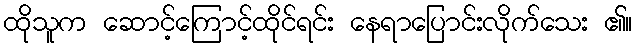
ထိုသူက ဆောင့်ကြောင့်ထိုင်ရင်း နေရာပြောင်းလိုက်သေး ၏။